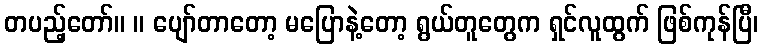
တပည့်တော်။ ။ ပျော်တာတော့ မပြောနဲ့တော့ ရွယ်တူတွေက ရှင်လူထွက် ဖြစ်ကုန်ပြီ၊